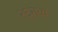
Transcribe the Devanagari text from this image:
२६मध्ये